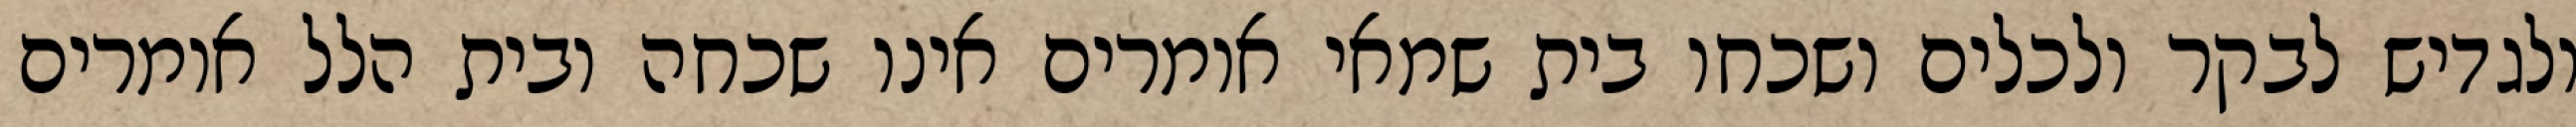
ולגדיש לבקר ולכלים ושכחו בית שמאי אומרים אינו שכחה ובית הלל אומרים